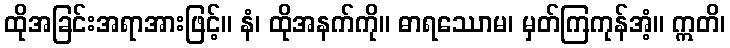
ထိုအခြင်းအရာအားဖြင့်။ နံ၊ ထိုအနက်ကို။ ဓာရဿောမ၊ မှတ်ကြကုန်အံ့။ ဣတိ၊